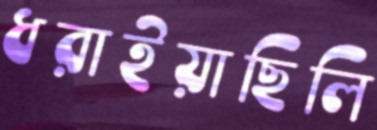
ধরাইয়াছিলি